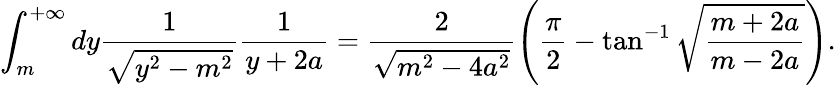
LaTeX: \int_{m}^{+\infty}dy\frac{1}{\sqrt{y^{2}-m^{2}}}\frac{1}{y+2a}=\frac{2}{\sqrt{m^{2}-4a^{2}}}\left(\frac{\pi}{2}-\tan^{-1}\sqrt{\frac{m+2a}{m-2a}}\right).